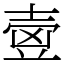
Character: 㚃